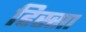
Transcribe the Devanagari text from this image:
हिस्सा